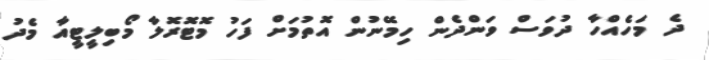
ދެ މަހެއްހާ ދުވަސް ވަންދެން ހިމޭނުން އޮތުމަށް ފަހު މޮޓޮރޮލާ މޯބިލީޓީއާ މެދު